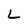
Character: L